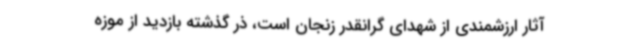
آثار ارزشمندی از شهدای گرانقدر زنجان است، ذر گذشته بازدید از موزه